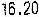
16.20